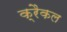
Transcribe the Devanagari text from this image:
क्रैकल